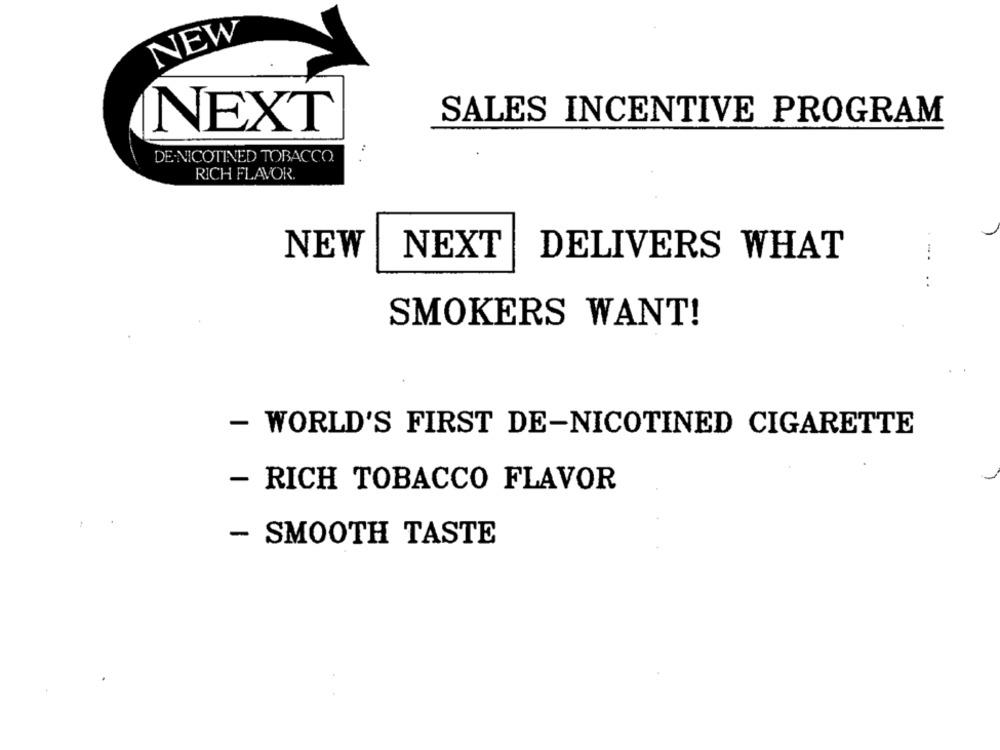
NEW
SALES INCENTIVE PROGRAM
NEXT
DE.NICOTINED TOBACCO.
RICH FLAVOR.
NEW
NEXT
DELIVERS WHAT
.--
..
SMOKERS WANT!
- WORLD'S FIRST DE-NICOTINED CIGARETTE
- RICH TOBACCO FLAVOR
- SMOOTH TASTE